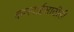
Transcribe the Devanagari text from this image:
कारवाईसाठीही